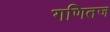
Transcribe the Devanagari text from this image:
गणितज